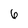
Character: 6